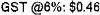
GST @6%: $0.46